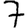
Digit: 7